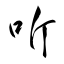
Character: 听